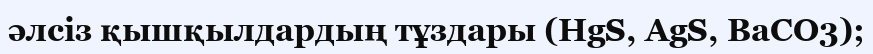
әлсіз қышқылдардың тұздары (HgS, AgS, BaCO3);